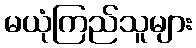
မယုံကြည်သူများ